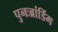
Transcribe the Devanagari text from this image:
पुनःब्रांडिंग